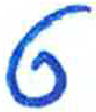
אות: ט